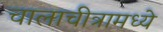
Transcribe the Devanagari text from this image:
चालाचीत्रामध्ये